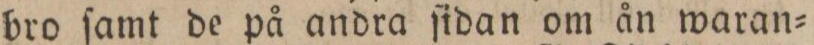
bro ſamt de på andra ſidan om ån waran=